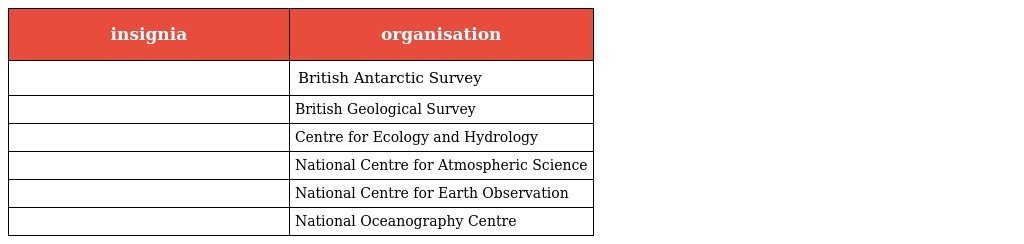
| insignia | organisation |
 | --- | --- |
 |  | British Antarctic Survey |
 |  | British Geological Survey |
 |  | Centre for Ecology and Hydrology |
 |  | National Centre for Atmospheric Science |
 |  | National Centre for Earth Observation |
 |  | National Oceanography Centre |